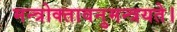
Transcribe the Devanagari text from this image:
मन्त्रोक्तावनुमन्त्रयते।